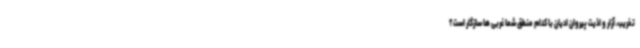
تخریب، آزار و اذیت پیروان ادیان با کدام منطق شما غربی ها سازگار است؟